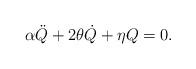
LaTeX: \begin{align*}\alpha\ddot{Q}+2\theta\dot{Q}+\eta Q=0. \end{align*}